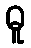
ဓူ